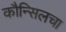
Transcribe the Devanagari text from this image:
कौन्सिलचा